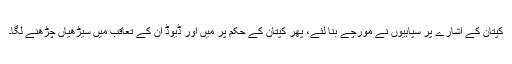
کپتان کے اشارے پر سپاہیوں نے مورچے بنا لئے، پھر کپتان کے حکم پر میں اور ڈیوڈ ان کے تعاقب میں سیڑھیاں چڑھنے لگا۔